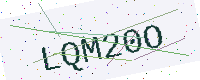
Text: LQM20O